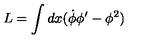
L = \int d x ( \dot { \phi } \phi ^ { \prime } - \phi ^ { 2 } )